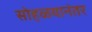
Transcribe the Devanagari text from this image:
सोहळयानंतर